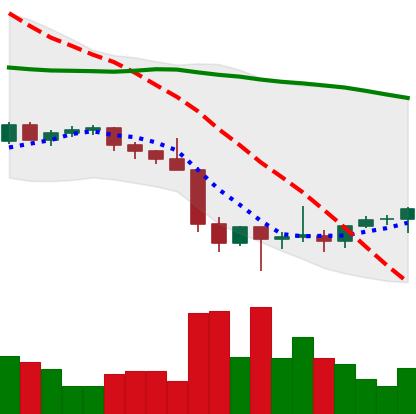
Ticker: ETH-USD
Chart end date: 2022-01-31
Forward return: 12.141%
Label: up_7plus